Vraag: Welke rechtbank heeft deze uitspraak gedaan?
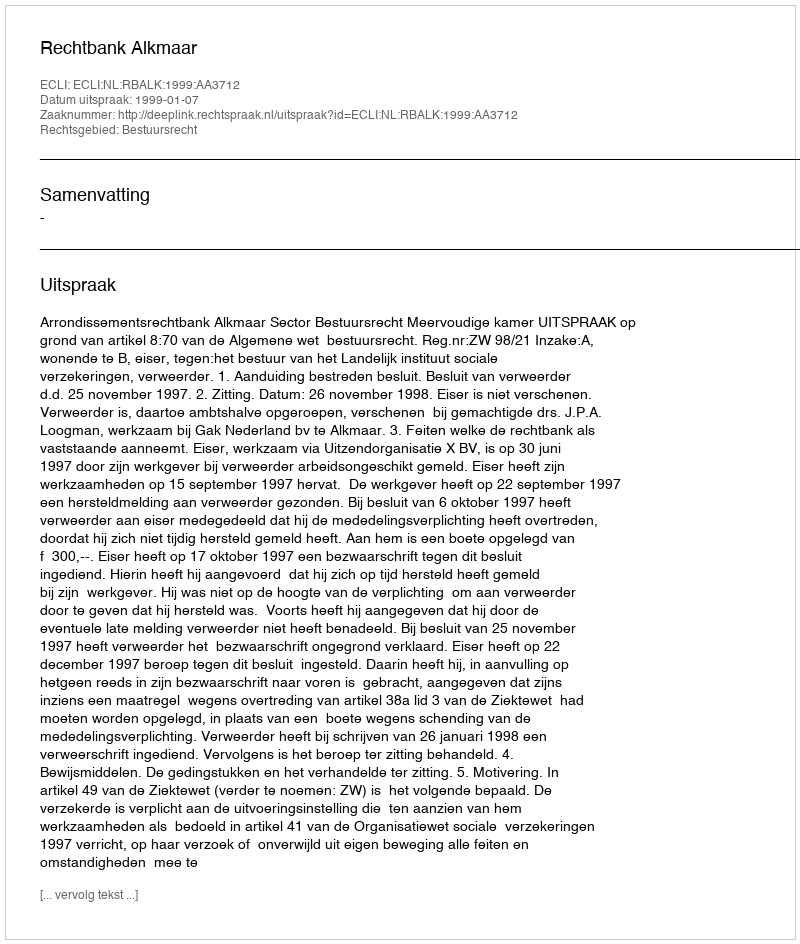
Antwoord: Rechtbank Alkmaar